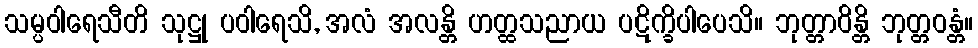
သမ္ပဝါရေသီတိ သုဋ္ဌု ပဝါရေသိ, အလံ အလန္တိ ဟတ္ထသညာယ ပဋိက္ခိပါပေသိ။ ဘုတ္တာဝိန္တိ ဘုတ္တဝန္တံ။